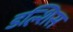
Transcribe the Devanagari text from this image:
डल्शिस